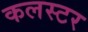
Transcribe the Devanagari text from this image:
कलस्टर